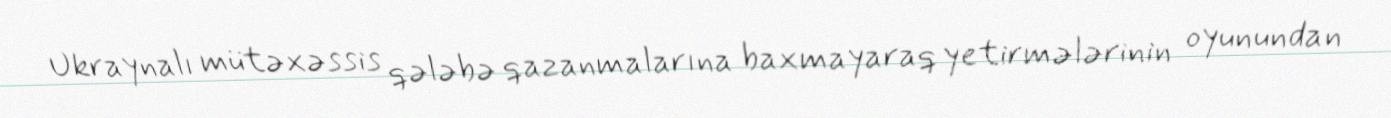
Ukraynalı mütəxəssis qələbə qazanmalarına baxmayaraq yetirmələrinin oyunundan